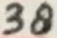
Text: 38